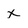
Character: x